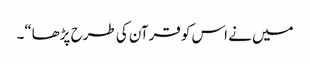
میں نے اس کو قرآن کی طرح پڑھا“۔